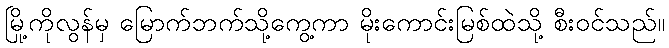
မြို့ကိုလွန်မှ မြောက်ဘက်သို့ကွေ့ကာ မိုးကောင်းမြစ်ထဲသို့ စီးဝင်သည်။